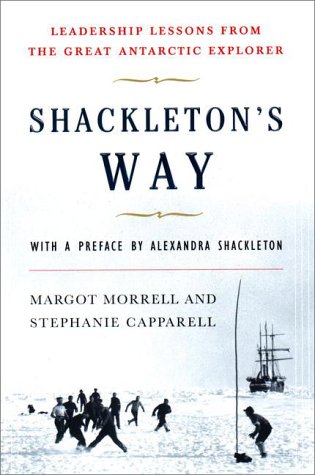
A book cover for Shackleton's Way: Leadership Lessons from the Great Antarctic Explorer; Margot Morrell; History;